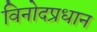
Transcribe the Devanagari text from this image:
विनोदप्रधान